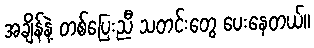
အချိန်နဲ့ တစ်ပြေးညီ သတင်းတွေ ပေးနေတယ်။